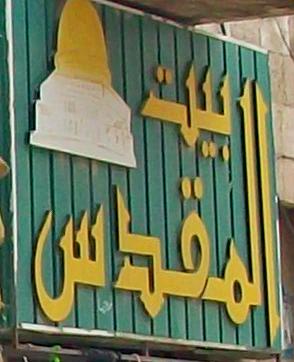
المقدس